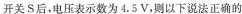
开关S后，电压表示数为 4.5 V，则以下说法正确的